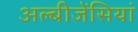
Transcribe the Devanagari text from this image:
अल्बीजेंसियां